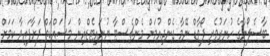
ބާސެލޯނާގެ ހުނަރުވެރި ފޯވާޑް ނޭމާ ގެންދިއުމަށް މެންޗެސްޓާ ޔުނައިޓެޑްއިން މަސައްކަތް ފަށާފައިވާ ކަމަށް